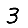
Digit: 3